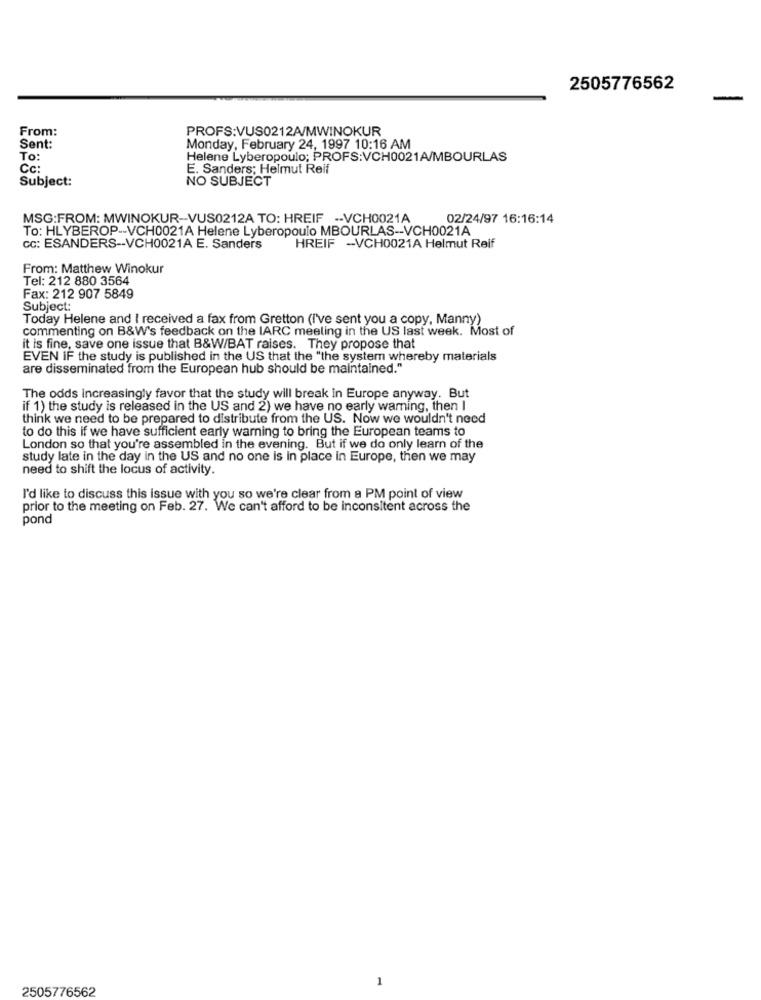
2505776562
From:
PROFS:VUS0212A/MWINOKUR
Sent:
Monday, February 24, 1997 10:16 AM
To:
Helene Lyberopoulo; PROFS:VCH0021A/MBOURLAS
Cc:
E. Sanders; Helmut Reif
Subject:
NO SUBJECT
MSG:FROM: MWINOKUR -- VUS0212A TO: HREIF -- VCH0021A
02/24/97 16:16:14
To: HLYBEROP -- VCH0021A Helene Lyberopoulo MBOURLAS -- VCH0021A
cc: ESANDERS -- VCH0021A E. Sanders
HREIF -VCH0021A Helmut Reif
From: Matthew Winokur
Tel: 212 880 3564
Fax: 212 907 5849
Subject:
Today Helene and I received a fax from Gretton (I've sent you a copy, Manny)
commenting on B&W's feedback on the IARC meeling in the US last week. Most of
it is fine, save one issue that B&W/BAT raises. They propose that
EVEN IF the study is published in the US that the "the system whereby materials
are disseminated from the European hub should be maintained."
The odds increasingly favor that the study will break in Europe anyway. But
if 1) the study is released in the US and 2) we have no early warning, then I
think we need to be prepared to distribute from the US. Now we wouldn't need
to do this if we have sufficient early warning to bring the European teams to
London so that you're assembled in the evening. But if we do only learn of the
study late in the day in the US and no one is in place in Europe, then we may
need to shift the locus of activity.
I'd like to discuss this issue with you so we're clear from a PM point of view
prior to the meeting on Feb. 27. We can't afford to be inconsitent across the
pond
2505776562